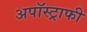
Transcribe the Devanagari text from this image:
अपॉस्ट्राफी